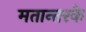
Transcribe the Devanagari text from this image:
मतान्तरके